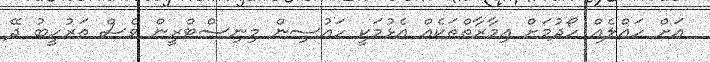
އަށް ހައްލެއް ހޯދުމަށް އިމާރާތްތަކެއް އެޅުމަކީ ހައުސިން މިނިސްޓްރީން ވެސް ތަރުހީބު ދޭ